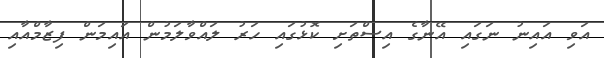
އަވި އައިނު ނަގައި އޭނާގެ އިސްތަށި ކޮޅުގައި ހަރު ލައްވާލަމުން އައިމަން ފިޒާމްއާއި